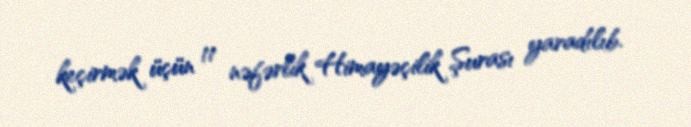
keçirmək üçün 11 nəfərlik Himayəçilik Şurası yaradılıb.